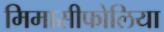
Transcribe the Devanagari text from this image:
मिमासीफोलिया